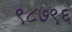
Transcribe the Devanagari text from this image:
९८७९६